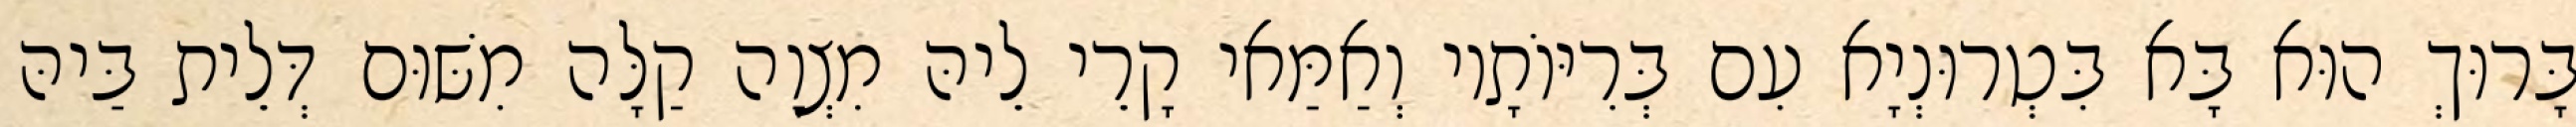
בָּרוּךְ הוּא בָּא בִּטְרוּנְיָא עִם בְּרִיּוֹתָיו וְאַמַּאי קָרֵי לֵיהּ מִצְוָה קַלָּה מִשּׁוּם דְּלֵית בַּיהּ